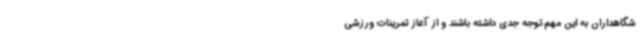
شگاهداران به این مهم توجه جدی داشته باشند و از آغاز تمرینات ورزشی